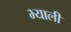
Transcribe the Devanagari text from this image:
भ्याली